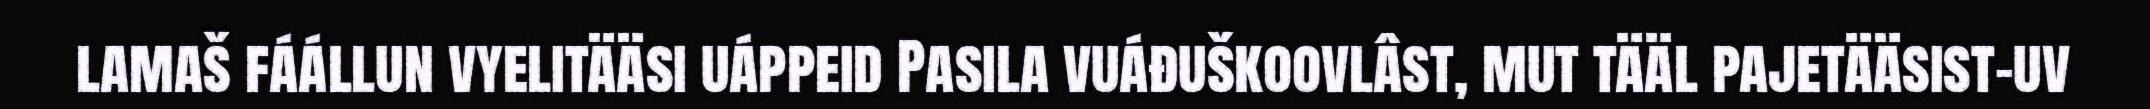
lamaš fáállun vyelitääsi uáppeid Pasila vuáđuškoovlâst, mut tääl pajetääsist-uv